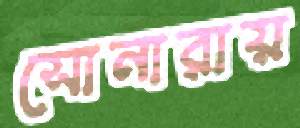
সোনারায়